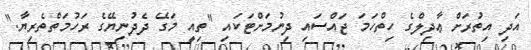
އަދި އިތުރަށް ޢާދިލްގެ ހިތްހަމަ ޖައްސައި ދިނުމަށްޓަކައި "ތިއީ މަގޭ ދެދުނިޔޭގެ ރަހުމަތްތެރިޔާ."